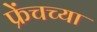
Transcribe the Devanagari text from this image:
फ्रेंचच्या